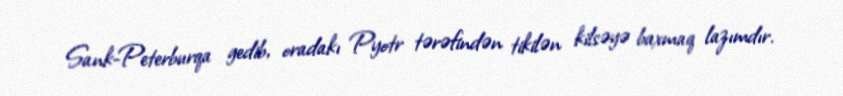
Sank-Peterburqa gedib, oradakı Pyotr tərəfindən tikilən kilsəyə baxmaq lazımdır.